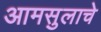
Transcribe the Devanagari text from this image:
आमसुलाचे